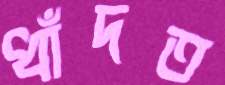
ধাঁদত